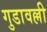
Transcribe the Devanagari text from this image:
गुडावल्ली